Problem: 9 × 9 = ?
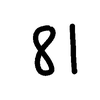
Handwritten answer: 81